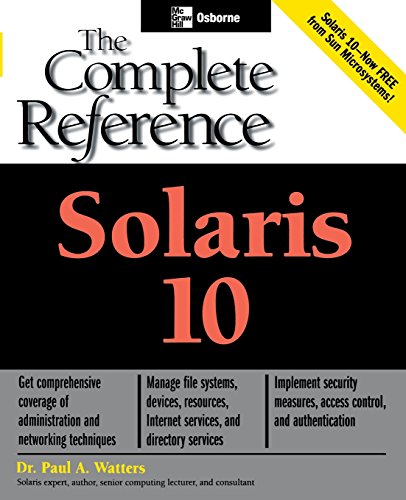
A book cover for Solaris 10 The Complete Reference (Osborne Complete Reference Series); Paul Watters; Computers & Technology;